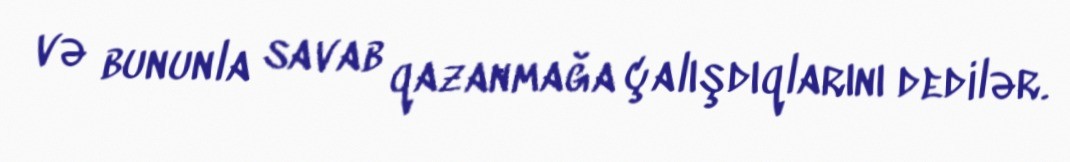
və bununla savab qazanmağa çalışdıqlarını dedilər.